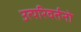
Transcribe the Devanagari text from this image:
उत्परिवर्तनो